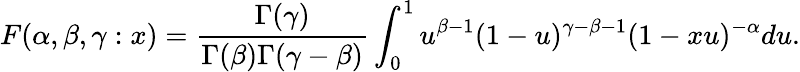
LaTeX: F(\alpha,\beta,\gamma:x)=\frac{\Gamma(\gamma)}{\Gamma(\beta)\Gamma(\gamma-\beta)}\int_{0}^{1}u^{\beta-1}(1-u)^{\gamma-\beta-1}(1-xu)^{-\alpha}du.